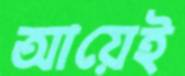
আয়েই